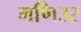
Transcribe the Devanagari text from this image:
मणिउर